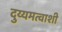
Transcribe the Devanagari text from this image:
दुय्यमत्वाशी